Lunatic asylums in Bengal annual reports 1912-1924 - 1912-1924
Year: 1912
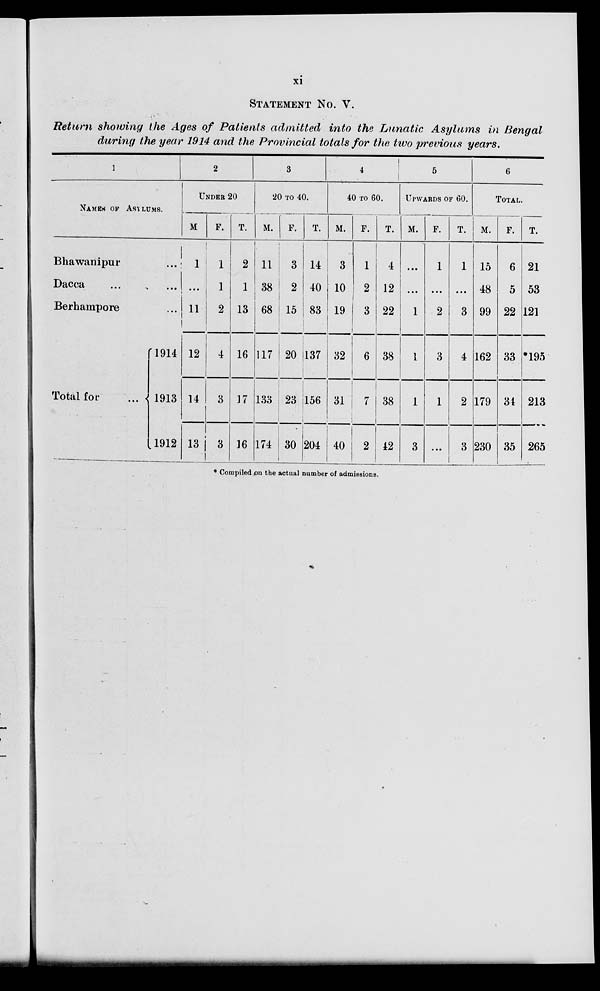
xi
STATEMENT No. V.
Return showing the Ages of Patients admitted into the Lunatic Asylums in Bengal
during the year 1914 and the Provincial totals for the two previous years.
1
NAMES OF ASYLUMS.
Bhawanipur
...
Dacca
...
...
Berhampore ...
Total for
1914
1913
1912
2
UNDER 20
M
1
...
11
12
14
13
F.
1
1
2
4
3
3
T.
2
1
13
16
17
16
3
20 TO 40.
M.
11
38
68
117
133
174
F.
3
2
15
20
23
30
T.
14
40
83
137
156
204
4
40 TO 60.
M.
3
10
19
32
31
40
F.
1
2
3
6
7
2
T.
4
12
22
38
38
42
5
UPWARDS OF 60.
M.
...
...
1
1
1
3
F.
1
...
2
3
1
...
T.
1
...
3
4
2
3
6
TOTAL.
M.
15
48
99
162
179
230
F.
6
5
22
33
34
35
T.
21
53
121
*195
213
265
* Compiled on the actual number of admissions.